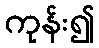
ကုန်း၍